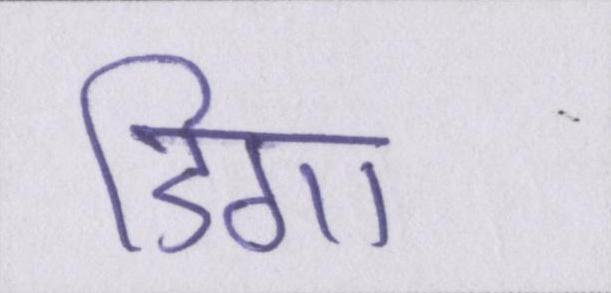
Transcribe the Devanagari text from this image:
डिगा